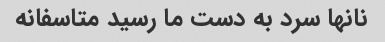
نانها سرد به دست ما رسید متاسفانه